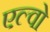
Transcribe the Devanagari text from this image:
एल्वो